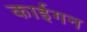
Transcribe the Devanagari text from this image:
काईगन